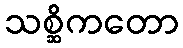
သစ္ဆိကတော